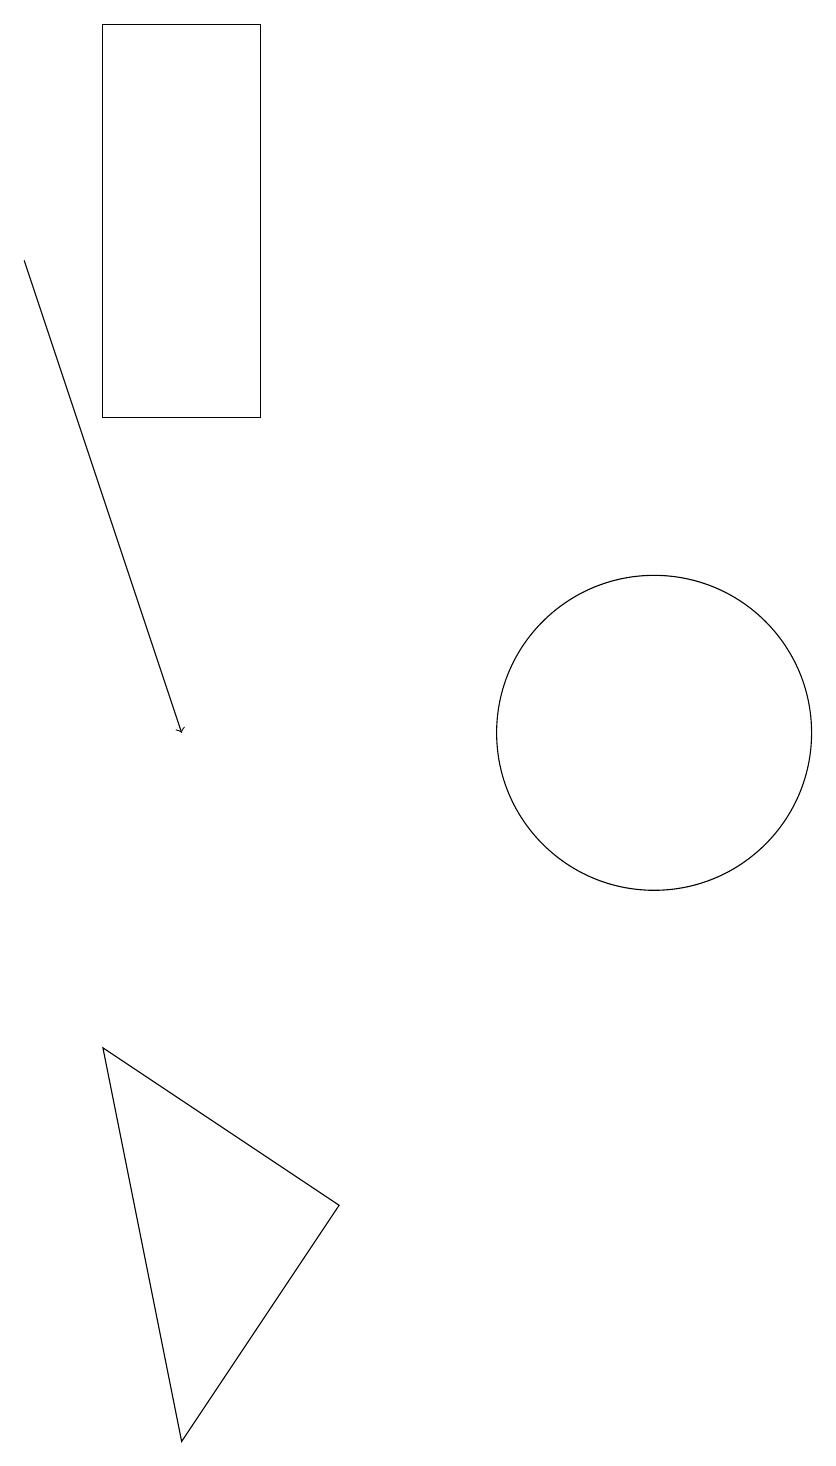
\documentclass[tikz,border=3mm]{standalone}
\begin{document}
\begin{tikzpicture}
\draw (12,10) circle (2);
\draw (5,19) rectangle (7,14);
\draw[->] (4,16) -- (6,10);
\draw (8,4) -- (5,6) -- (6,1) -- cycle;
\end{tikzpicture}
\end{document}